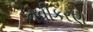
નવીકરણ